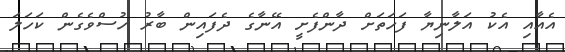
އެއާއި އެކު އަލާނިޔާ ފަހަތަށް ދާންފެށީ އޭނާގެ ދެފައިން ބާރު ހުސްވެގެން ކަހަލަ